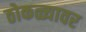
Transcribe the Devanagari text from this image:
ठोकळ्यावर